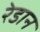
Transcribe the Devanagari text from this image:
रेडान